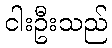
ငါးဦးသည်